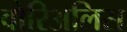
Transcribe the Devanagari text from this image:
बोरिअलिस